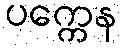
ပက္ကေန